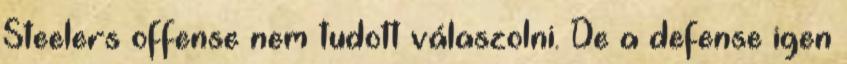
Steelers offense nem tudott válaszolni. De a defense igen